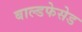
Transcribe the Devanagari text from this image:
बाल्डफेसेड